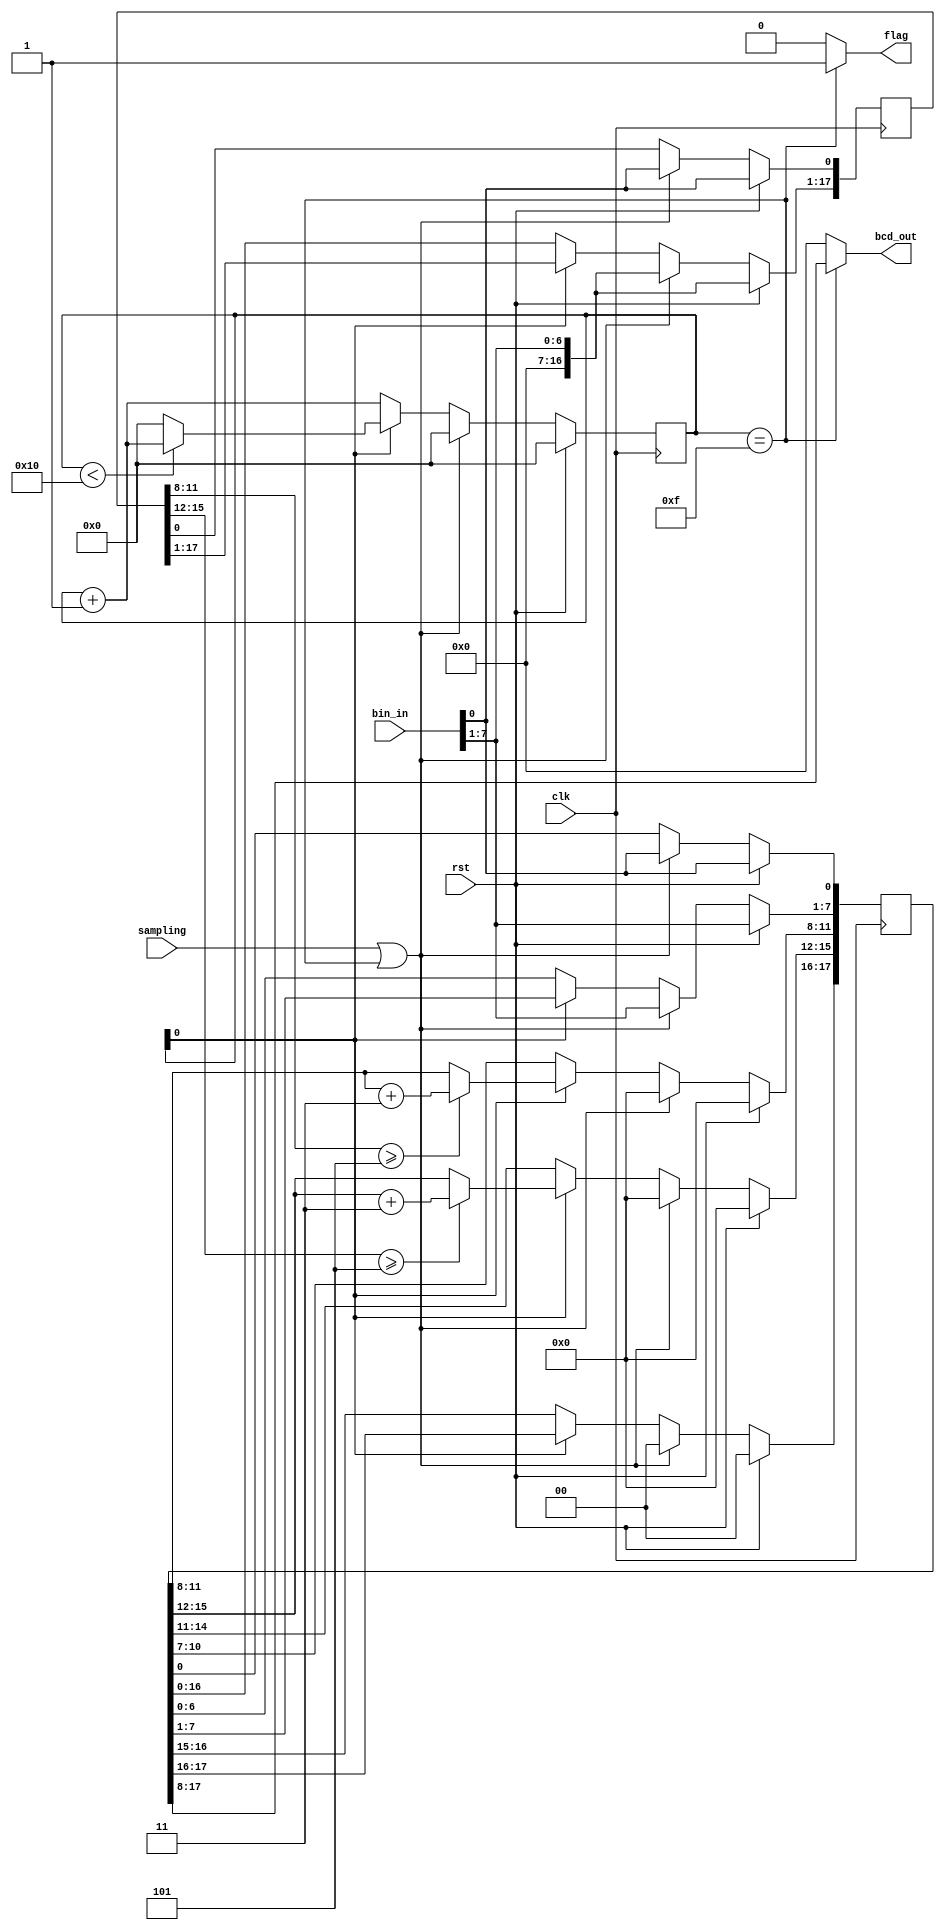
/*
 * @Author: WenJiaBao-2022E8020282071
 * @Date: 2022-09-21 09:36:18
 * @LastEditTime: 2022-10-04 12:34:30
 * @Description: Homework of AdvDigitalIC : ch3 BCD convoter source code
 * 
 * Copyright (c) 2022 by WenJiaBao wenjiabao0919@163.com, All Rights Reserved. 
 */
module BinToBCD_m2(
    input       [7:0]   bin_in,
    input               sampling,
    input               clk,
    input               rst,
    output              flag,
    output      [9:0]   bcd_out
);

    reg [17:0] bcd_out_r;
    reg [17:0] tmp_bcd_out_r;
    reg [5:0]  counter;


    assign bcd_out =  (counter==5'd15)? bcd_out_r[17:8] : 'b0;
    assign flag =  (counter==5'd15)? 1'b1 : 'b0;

    always @(posedge clk ) begin
        if(rst)begin
            counter         <=      'b0;
            bcd_out_r <= bin_in;
            tmp_bcd_out_r  <= bin_in;
            
        end
        else if (sampling||(counter==5'd15))begin
            counter         <=      'b0;
            bcd_out_r <= bin_in;
            tmp_bcd_out_r  <= bin_in;
           
        end
        else begin
            if(counter[0]==0)begin
                bcd_out_r[17:1]     <=  bcd_out_r[16:0];
                tmp_bcd_out_r[17:1] <=  bcd_out_r[16:0];
                counter<=counter+1;
            end
            else begin
                if(tmp_bcd_out_r[11:8]>=3'd5)begin
                    bcd_out_r[11:8] <= bcd_out_r[11:8] + 4'b0011;
                end
                else begin
                    bcd_out_r[11:8] <= bcd_out_r[11:8];
                end
                if(tmp_bcd_out_r[15:12]>=3'd5)begin
                    bcd_out_r[15:12] <= bcd_out_r[15:12] + 4'b0011;
                end
                
                else begin
                    bcd_out_r[15:12] <= bcd_out_r[15:12];
                end
                if(counter<5'd16)begin
                    counter<=counter+1;
                end
                else begin
                    counter<='b0;
                end
            end
            
        end
        
    end


endmodule